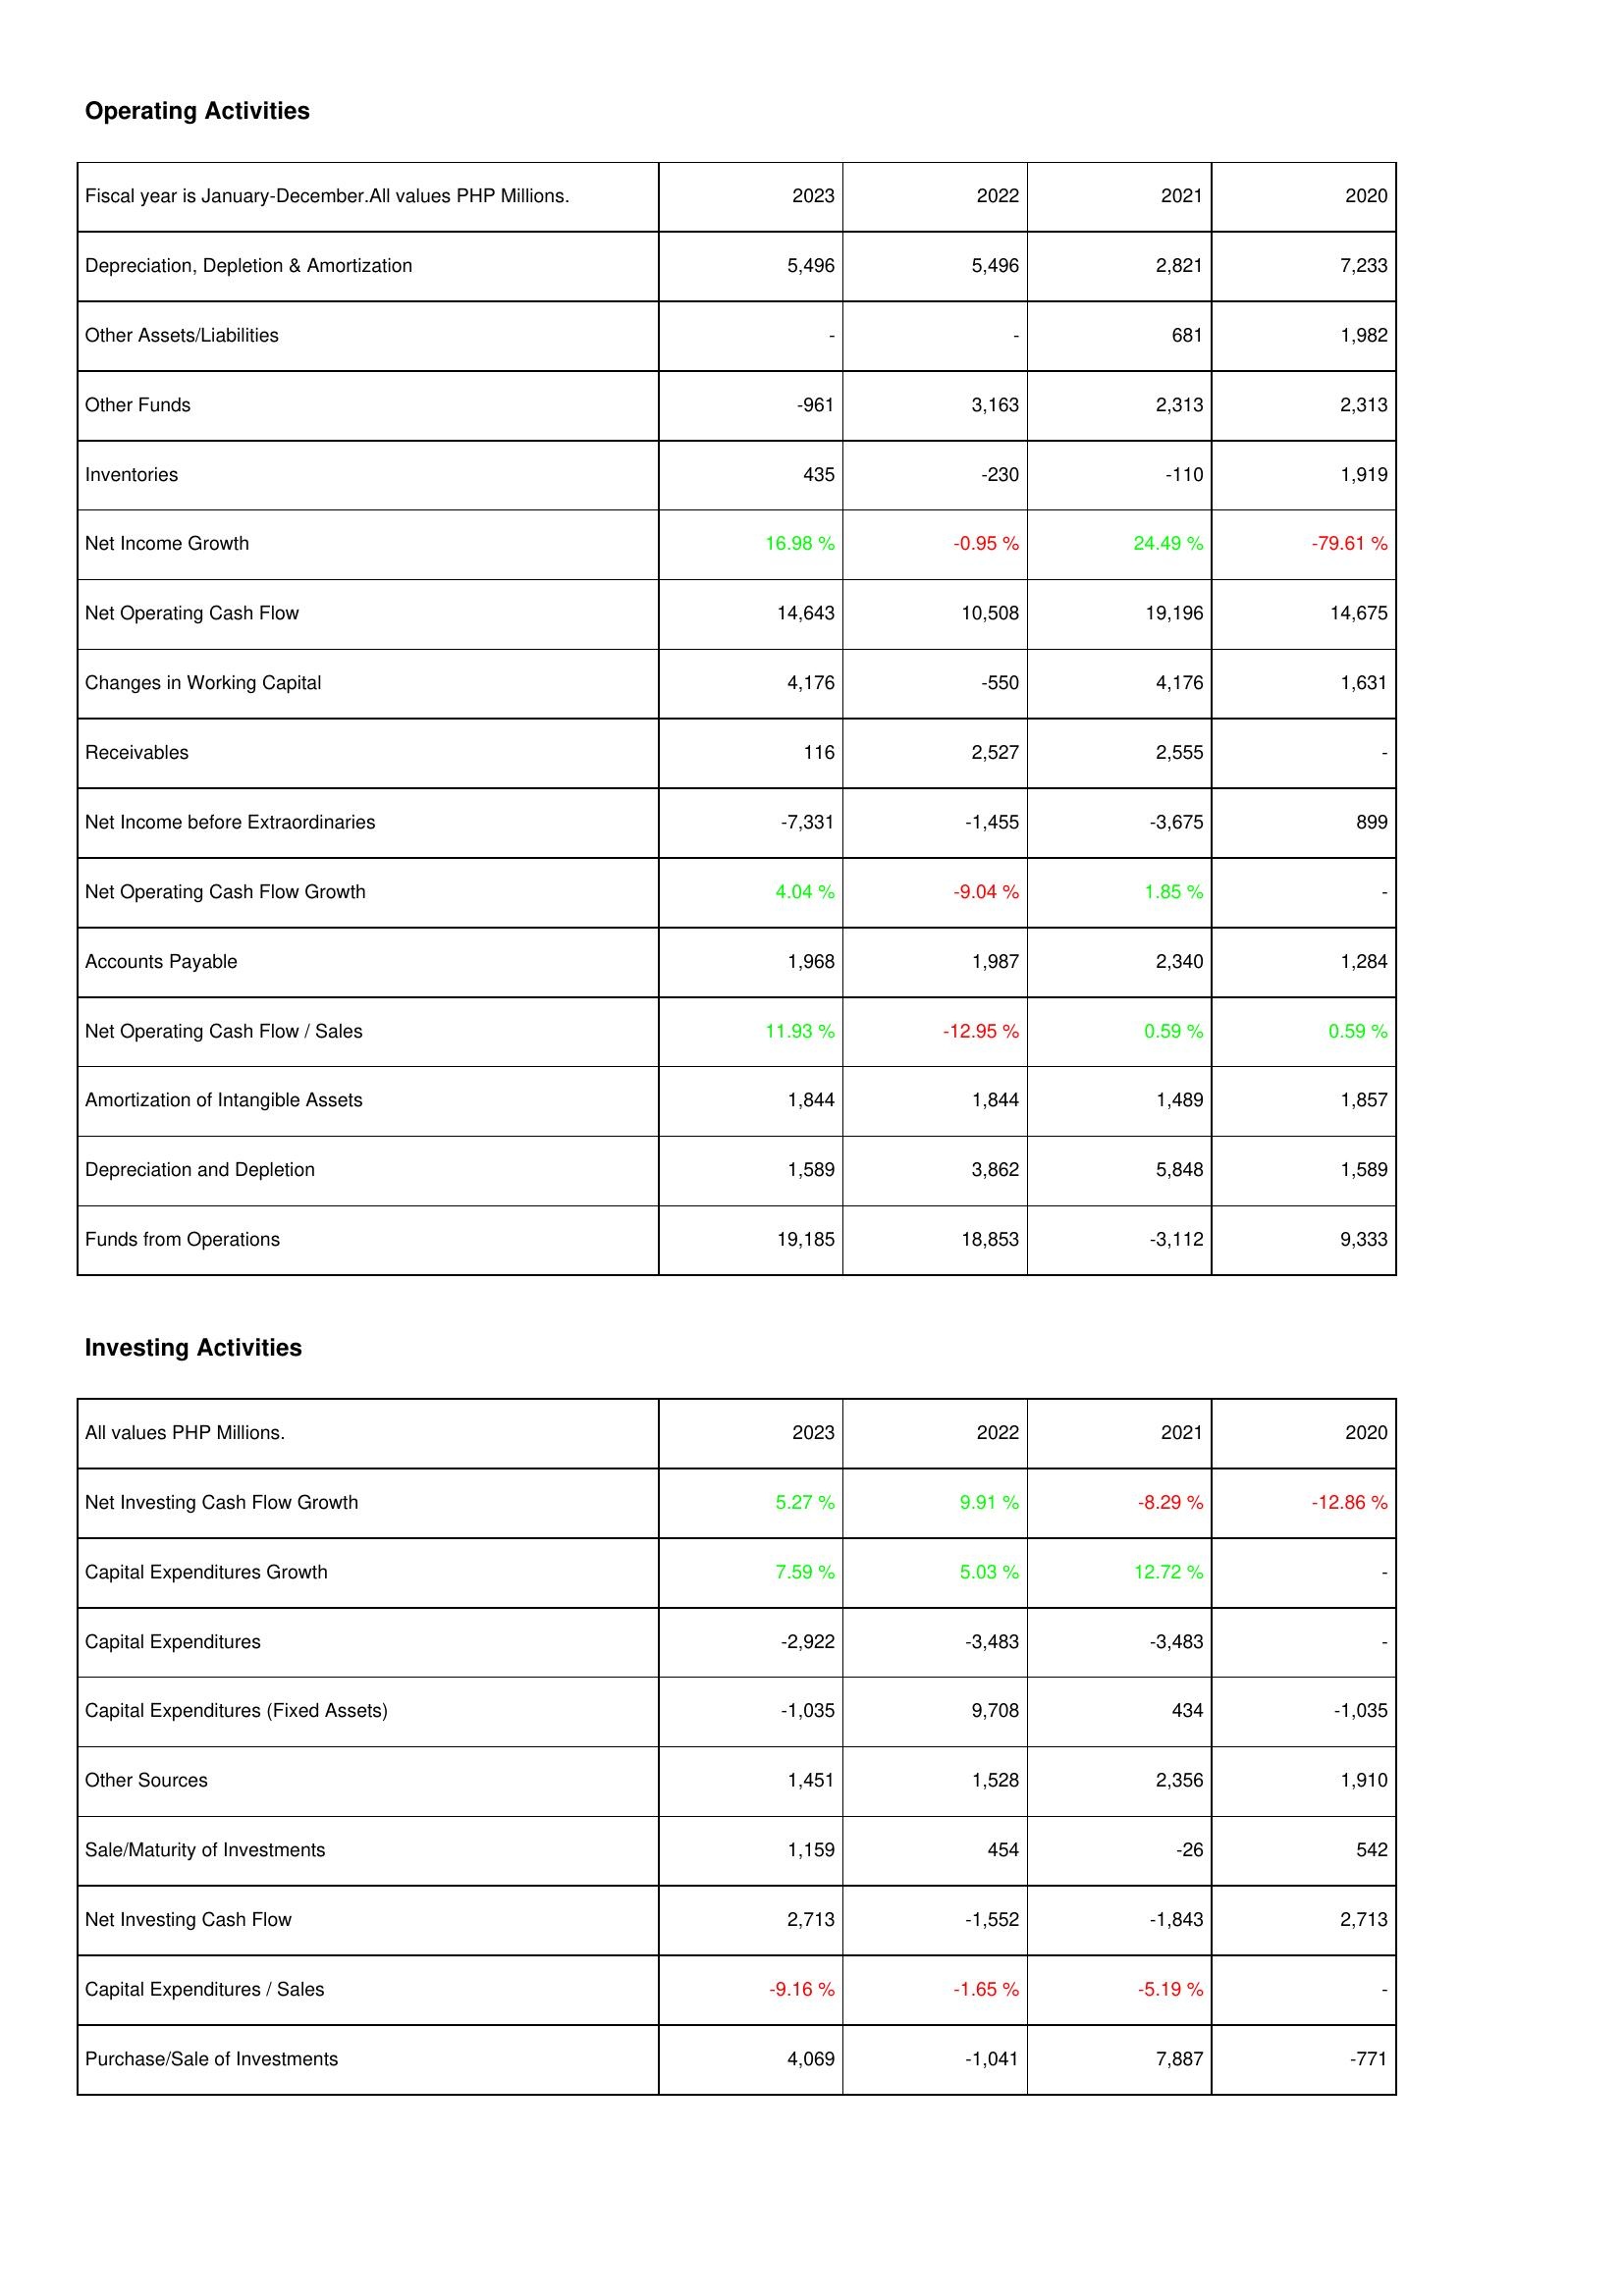
2023: Operating Activities: Depreciation, Depletion & Amortization: 5,496
Other Assets/Liabilities: -
Other Funds: -961
Inventories: 435
Net Income Growth: 16.98 %
Net Operating Cash Flow: 14,643
Changes in Working Capital: 4,176
Receivables: 116
Net Income before Extraordinaries: -7,331
Net Operating Cash Flow Growth: 4.04 %
Accounts Payable: 1,968
Net Operating Cash Flow / Sales: 11.93 %
Amortization of Intangible Assets: 1,844
Depreciation and Depletion: 1,589
Funds from Operations: 19,185
Investing Activities: Net Investing Cash Flow Growth: 5.27 %
Capital Expenditures Growth: 7.59 %
Capital Expenditures: -2,922
Capital Expenditures (Fixed Assets): -1,035
Other Sources: 1,451
Sale/Maturity of Investments: 1,159
Net Investing Cash Flow: 2,713
Capital Expenditures / Sales: -9.16 %
Purchase/Sale of Investments: 4,069
2022: Operating Activities: Depreciation, Depletion & Amortization: 5,496
Other Assets/Liabilities: -
Other Funds: 3,163
Inventories: -230
Net Income Growth: -0.95 %
Net Operating Cash Flow: 10,508
Changes in Working Capital: -550
Receivables: 2,527
Net Income before Extraordinaries: -1,455
Net Operating Cash Flow Growth: -9.04 %
Accounts Payable: 1,987
Net Operating Cash Flow / Sales: -12.95 %
Amortization of Intangible Assets: 1,844
Depreciation and Depletion: 3,862
Funds from Operations: 18,853
Investing Activities: Net Investing Cash Flow Growth: 9.91 %
Capital Expenditures Growth: 5.03 %
Capital Expenditures: -3,483
Capital Expenditures (Fixed Assets): 9,708
Other Sources: 1,528
Sale/Maturity of Investments: 454
Net Investing Cash Flow: -1,552
Capital Expenditures / Sales: -1.65 %
Purchase/Sale of Investments: -1,041
2021: Operating Activities: Depreciation, Depletion & Amortization: 2,821
Other Assets/Liabilities: 681
Other Funds: 2,313
Inventories: -110
Net Income Growth: 24.49 %
Net Operating Cash Flow: 19,196
Changes in Working Capital: 4,176
Receivables: 2,555
Net Income before Extraordinaries: -3,675
Net Operating Cash Flow Growth: 1.85 %
Accounts Payable: 2,340
Net Operating Cash Flow / Sales: 0.59 %
Amortization of Intangible Assets: 1,489
Depreciation and Depletion: 5,848
Funds from Operations: -3,112
Investing Activities: Net Investing Cash Flow Growth: -8.29 %
Capital Expenditures Growth: 12.72 %
Capital Expenditures: -3,483
Capital Expenditures (Fixed Assets): 434
Other Sources: 2,356
Sale/Maturity of Investments: -26
Net Investing Cash Flow: -1,843
Capital Expenditures / Sales: -5.19 %
Purchase/Sale of Investments: 7,887
2020: Operating Activities: Depreciation, Depletion & Amortization: 7,233
Other Assets/Liabilities: 1,982
Other Funds: 2,313
Inventories: 1,919
Net Income Growth: -79.61 %
Net Operating Cash Flow: 14,675
Changes in Working Capital: 1,631
Receivables: -
Net Income before Extraordinaries: 899
Net Operating Cash Flow Growth: -
Accounts Payable: 1,284
Net Operating Cash Flow / Sales: 0.59 %
Amortization of Intangible Assets: 1,857
Depreciation and Depletion: 1,589
Funds from Operations: 9,333
Investing Activities: Net Investing Cash Flow Growth: -12.86 %
Capital Expenditures Growth: -
Capital Expenditures: -
Capital Expenditures (Fixed Assets): -1,035
Other Sources: 1,910
Sale/Maturity of Investments: 542
Net Investing Cash Flow: 2,713
Capital Expenditures / Sales: -
Purchase/Sale of Investments: -771